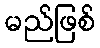
မည်ဖြစ်